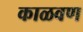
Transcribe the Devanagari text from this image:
काळवण